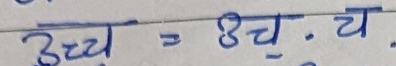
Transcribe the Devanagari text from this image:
उच्च = 8 च. य.